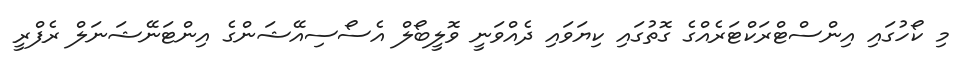
މި ކޯހުގައި އިންސްޓްރަކްޓަރެއްގެ ގޮތުގައި ކިޔަވައި ދެއްވަނީ ވޮލީބޯލް އެސޯސިއޭޝަންގެ އިންޓަނޭޝަނަލް ރެފްރީ